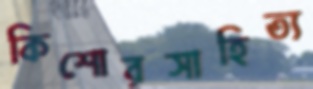
কিশোরসাহিত্য